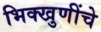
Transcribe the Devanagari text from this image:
भिक्खुणींचे